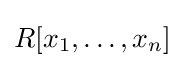
R[x_{1},\dots ,x_{n}]